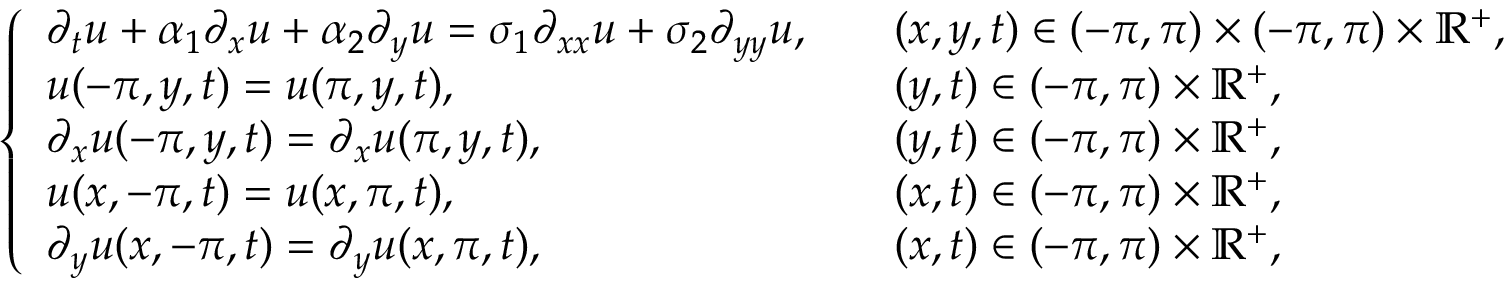
\left\{ \begin{array} { l l } { \partial _ { t } u + \alpha _ { 1 } \partial _ { x } u + \alpha _ { 2 } \partial _ { y } u = \sigma _ { 1 } \partial _ { x x } u + \sigma _ { 2 } \partial _ { y y } u , \quad } & { ( x , y , t ) \in ( - \pi , \pi ) \times ( - \pi , \pi ) \times \mathbb { R } ^ { + } , } \\ { u ( - \pi , y , t ) = u ( \pi , y , t ) , } & { ( y , t ) \in ( - \pi , \pi ) \times \mathbb { R } ^ { + } , } \\ { \partial _ { x } u ( - \pi , y , t ) = \partial _ { x } u ( \pi , y , t ) , } & { ( y , t ) \in ( - \pi , \pi ) \times \mathbb { R } ^ { + } , } \\ { u ( x , - \pi , t ) = u ( x , \pi , t ) , } & { ( x , t ) \in ( - \pi , \pi ) \times \mathbb { R } ^ { + } , } \\ { \partial _ { y } u ( x , - \pi , t ) = \partial _ { y } u ( x , \pi , t ) , } & { ( x , t ) \in ( - \pi , \pi ) \times \mathbb { R } ^ { + } , } \end{array} \right.